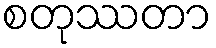
စတုဿတာ